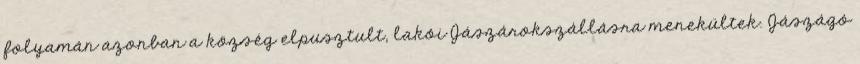
folyamán azonban a község elpusztult, lakói Jászárokszállásra menekültek. Jászágó